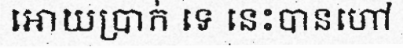
អោយប្រាក់ ទេ នេះបានហៅ